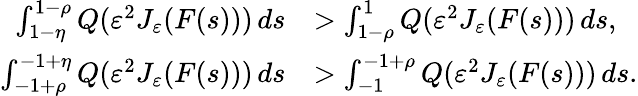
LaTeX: \begin{array}{rl}{\int_{1-\eta}^{1-\rho}Q(\varepsilon^{2}J_{\varepsilon}(F(s)))\, ds}&{>\int_{1-\rho}^{1}Q(\varepsilon^{2}J_{\varepsilon}(F(s)))\, ds,}\\ {\int_{-1+\rho}^{-1+\eta}Q(\varepsilon^{2}J_{\varepsilon}(F(s)))\, ds}&{>\int_{-1}^{-1+\rho}Q(\varepsilon^{2}J_{\varepsilon}(F(s)))\, ds.}\end{array}